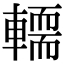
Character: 𨎪